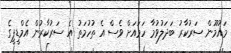
މައުމޫން ސަރުކާރު ބަދަލުވުމާ ހަމައަށް ވެސް އެ ތުހުމަތު އެ ސަރުކާރުން އެމްޑީޕީގެ